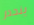
ينحدر